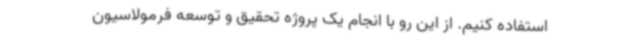
استفاده کنیم. از این رو با انجام یک پروژه تحقیق و توسعه فرمولاسیون